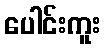
ပေါင်းကူး